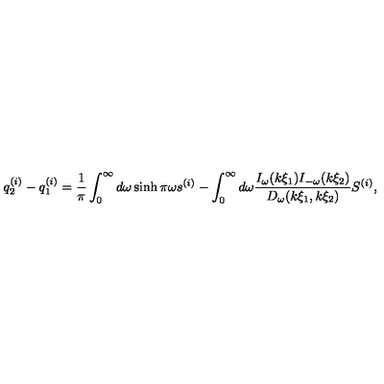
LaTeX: q _ { 2 } ^ { ( i ) } - q _ { 1 } ^ { ( i ) } = \frac { 1 } { \pi } \int _ { 0 } ^ { \infty } d \omega \sinh \pi \omega s ^ { ( i ) } - \int _ { 0 } ^ { \infty } d \omega \frac { I _ { \omega } ( k \xi _ { 1 } ) I _ { - \omega } ( k \xi _ { 2 } ) } { D _ { \omega } ( k \xi _ { 1 } , k \xi _ { 2 } ) } S ^ { ( i ) } ,